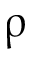
\uprho